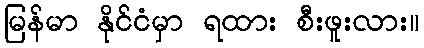
မြန်မာ နိုင်ငံမှာ ရထား စီးဖူးလား။